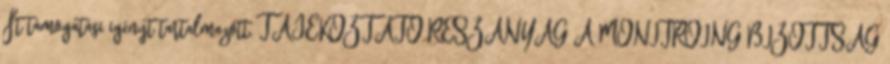
Ft támogatási igényt tartalmazott. TÁJÉKOZTATÓ RÉSZANYAG A MONITROING BIZOTTSÁG